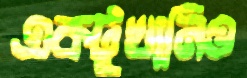
একটুখানিও